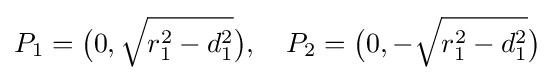
P_{1}={\big (}0,{\sqrt {r_{1}^{2}-d_{1}^{2}}}{\big )},\quad P_{2}={\big (}0,-{\sqrt {r_{1}^{2}-d_{1}^{2}}}{\big )}